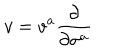
v = v ^ { a } \frac { \partial } { \partial \sigma ^ { a } }